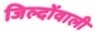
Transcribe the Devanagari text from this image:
जिल्दोंवाली